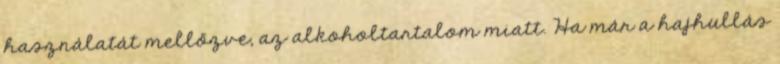
használatát mellőzve, az alkoholtartalom miatt. Ha már a hajhullás